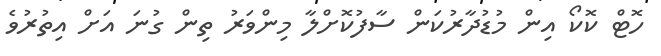
ހޮޓް ކޮކޯ އިން މުޑުދާރުކަން ސާފުކޮށްލާ މިންވަރު ތިން ގުނަ އަށް އިތުރުވެ